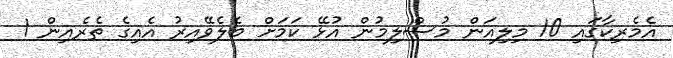
އެމެރިކާގައި 10 މިލިއަން މުސްލިމުން އުޅޭ ކަމަށް ބެލެވޭއިރު އެއިގެ ތެރެއިން 1